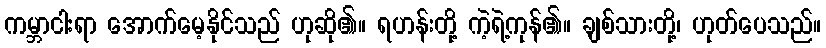
ကမ္ဘာငါးရာ အောက်မေ့နိုင်သည် ဟုဆို၏။ ရဟန်းတို့ ကဲ့ရဲ့ကုန်၏။ ချစ်သားတို့၊ ဟုတ်ပေသည်။